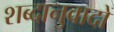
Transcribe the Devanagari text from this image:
शब्दानुवादों